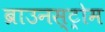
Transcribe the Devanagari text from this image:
ब्राउनस्ट्रोम